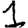
Digit: 1